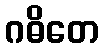
ဂဓိတေ